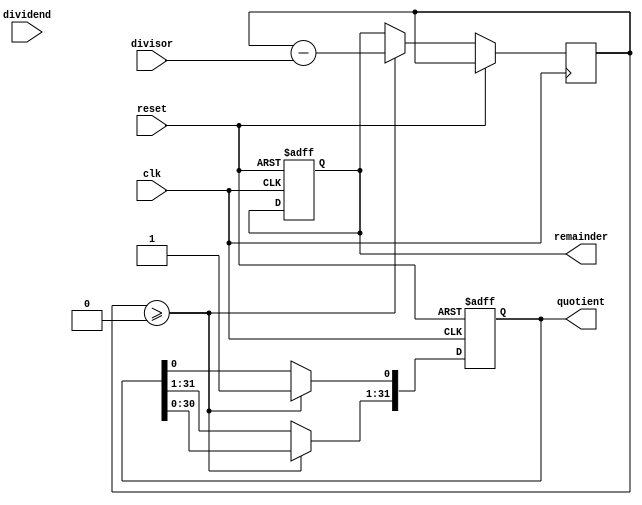
module RestoringDivider(
    input wire clk,
    input wire reset,
    input wire [31:0] dividend,
    input wire [31:0] divisor,
    output reg [31:0] quotient,
    output reg [31:0] remainder
);

reg [31:0] partial_quotient;
reg [31:0] temp_remainder;
reg [5:0] count;

always @(posedge clk or posedge reset) begin
    if (reset) begin
        partial_quotient <= 0;
        remainder <= 0;
        count <= 0;
    end else begin
        temp_remainder <= remainder;
        if (temp_remainder >= 0) begin
            temp_remainder <= temp_remainder - divisor;
            partial_quotient <= partial_quotient << 1;
            if (temp_remainder >= 0) begin
                partial_quotient[0] <= 1;
            end else begin
                remainder <= temp_remainder + divisor;
            end
        end
        count <= count + 1;
    end
end

assign quotient = partial_quotient;
endmodule